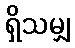
ရှိသမျှ